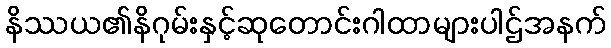
နိဿယ၏နိဂုမ်းနှင့်ဆုတောင်းဂါထာများပါဌ်အနက်